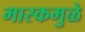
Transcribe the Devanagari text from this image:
मास्कमुळे